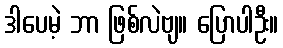
ဒါပေမဲ့ ဘာ ဖြစ်လဲဗျ။ ပြောပါဦး။